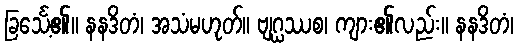
ခြင်္သေ့၏။ နနဒိတံ၊ အသံမဟုတ်။ ဗျဂ္ဃဿစ၊ ကျား၏လည်း။ နနဒိတံ၊